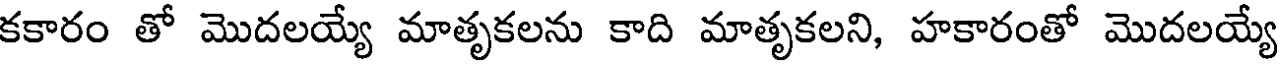
కకారం తో మొదలయ్యే మాతృకలను కాది మాతృకలని, హకారంతో మొదలయ్యే